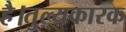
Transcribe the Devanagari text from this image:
है।तुल्यकारक